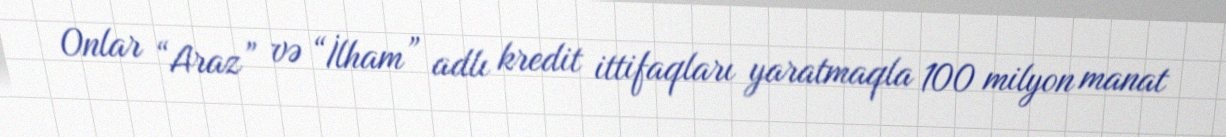
Onlar “Araz” və “İlham” adlı kredit ittifaqları yaratmaqla 100 milyon manat